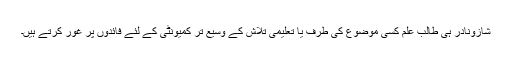
شازونادر ہی طالب علم کسی موضوع کی طرف یا تعلیمی تلاش کے وسیع تر کمیونٹی کے لئے فائدوں پر غور کرتے ہیں۔